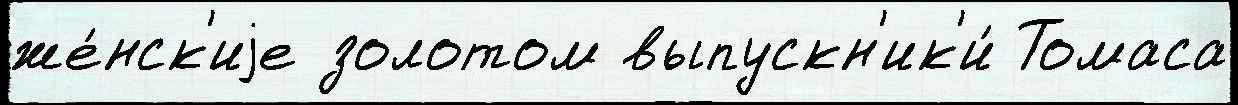
же́нск'иjе золотом выпускн'ик'и́ Томаса